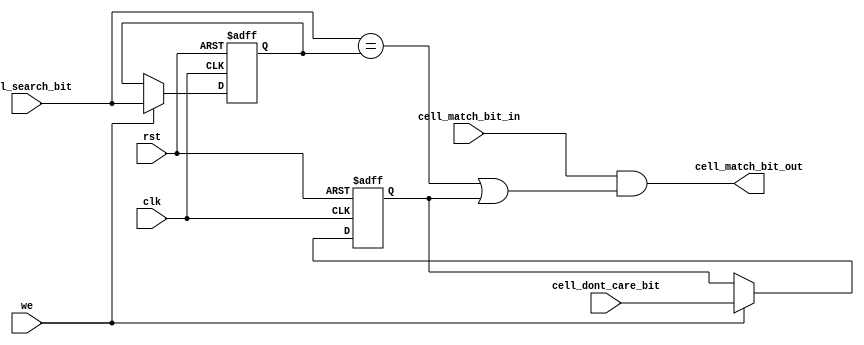
//=========================================================================
// Name & Email must be EXACTLY as in Gradescope roster!
// Name: Michelle Dozal
// 
// Assignment name: Lab#7
// Lab section: 
// TA: Yujia Zhai
// 
// I hereby certify that I have not received assistance on this assignment,
// or used code, from ANY outside source other than the instruction team
// (apart from what was provided in the starter file).
//
//=========================================================================

`timescale 1ns / 1ps

module STCAM_Cell(
    input wire clk,
    input wire rst,
    input wire we,
    input wire cell_search_bit,
    input wire cell_dont_care_bit,
    input wire cell_match_bit_in,
    output wire cell_match_bit_out
);

reg stored_bit;
reg dont_care_bit;
	 
// Insert your solution below here.

always @(posedge clk or posedge rst) begin
    if(rst) begin
    stored_bit = 0; dont_care_bit = 0;
    end
    else begin
        if(we) begin
            stored_bit <= cell_search_bit;
            dont_care_bit <= cell_dont_care_bit;
        end
    end
end

//Finished updating now matching
//STCAM

assign cell_match_bit_out = cell_match_bit_in && (cell_search_bit == stored_bit || dont_care_bit == 1'b1);




endmodule